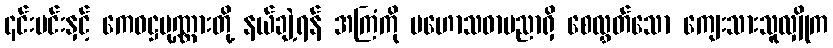
၎င်းမင်းနှင့် ကေဝဋ္ဌပုဏ္ဏားတို့ နယ်ချဲ့ရန် အကြံကို မဟောသဓာပညာရှိ စေလွှတ်သော ကျေးသားသူလျှိုက